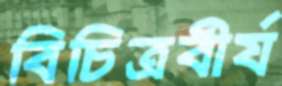
বিচিত্রবীর্য